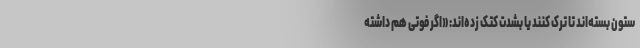
ستون بسته‌اند تا ترک کنند یا بشدت کتک زده‌اند: «اگر فوتی هم داشته